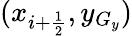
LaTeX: (x_{i+\frac{1}{2}},y_{G_{y}})